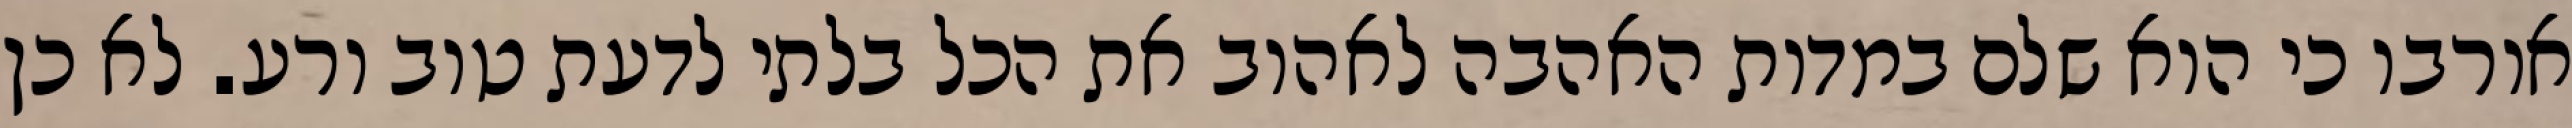
אורבו כי הוא שלם במדות האהבה לאהוב את הכל בלתי לדעת טוב ורע. לא כן